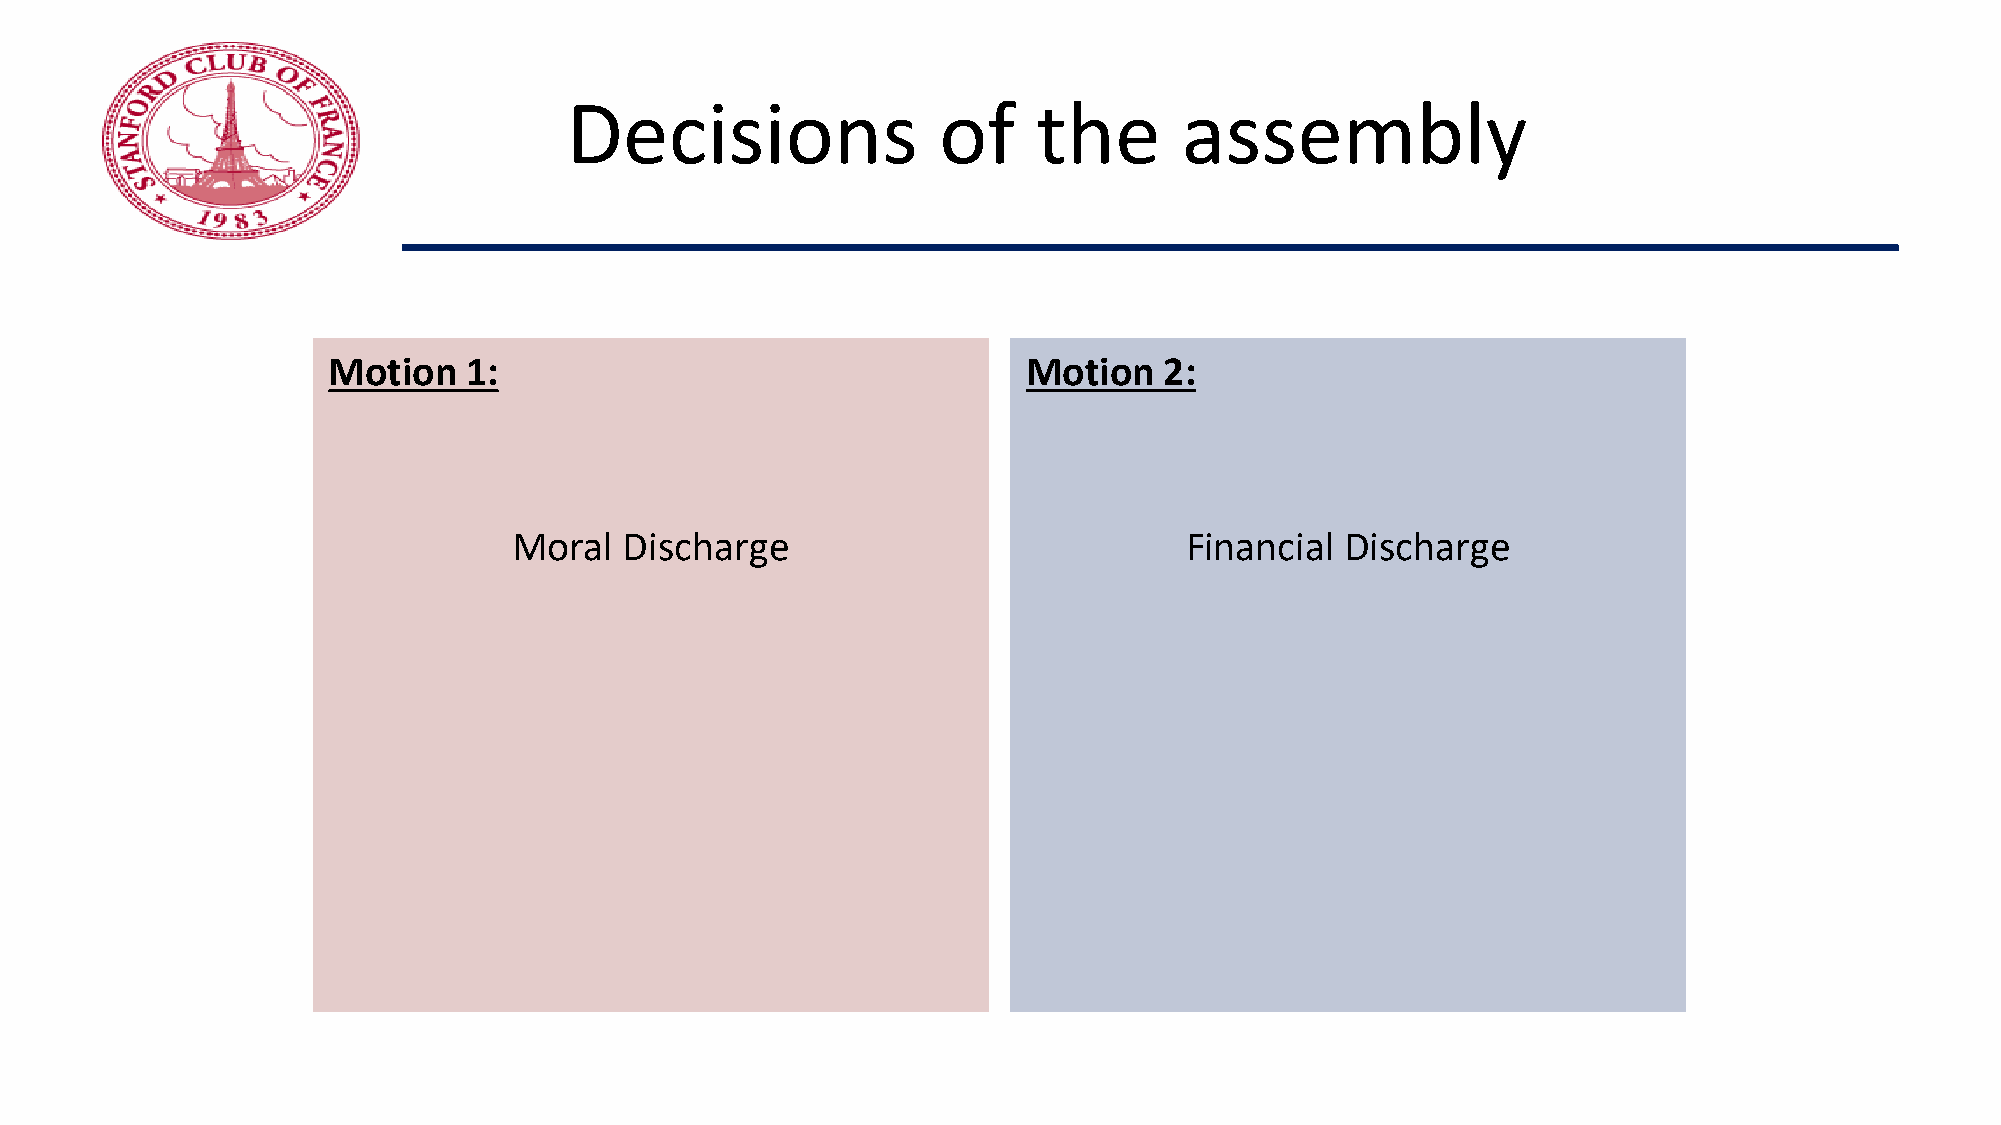
Decisions                of     the      assembly
 Motion   1:                                   Motion   2:
 Moral  Discharge                            Financial  Discharge